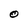
Character: O